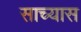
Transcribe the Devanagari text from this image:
साच्यास